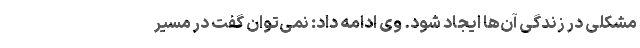
مشکلی در زندگی آن‌ها ایجاد شود. وی ادامه داد: نمی‌توان گفت در مسیر